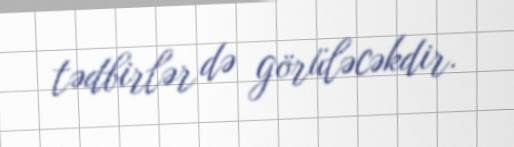
tədbirlər də görüləcəkdir.